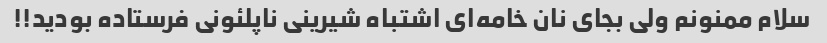
سلام ممنونم ولی بجای نان خامه‌ای اشتباه شیرینی ناپلئونی فرستاده بودید!!